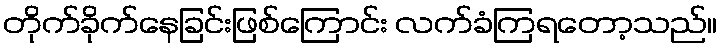
တိုက်ခိုက်နေခြင်းဖြစ်ကြောင်း လက်ခံကြရတော့သည်။